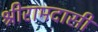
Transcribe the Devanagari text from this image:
श्रीरामदासी